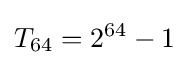
T_{64}=2^{64}-1